Scottish Leaving Certificate Examination, 1957
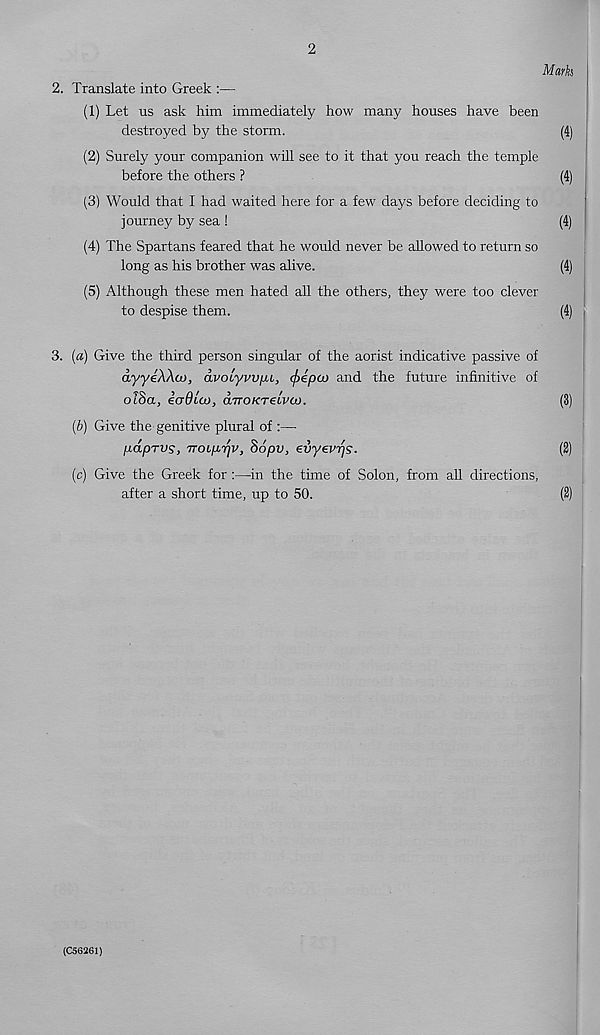
2
Mark
2. Translate into Greek :—
(1) Let us ask him immediately how many houses have been
destroyed by the storm.
(4)
(2) Surely your companion will see to it that you reach the temple
before the others ?
(4)
(3) Would that I had waited here for a few days before deciding to
journey by sea !
(4)
(4) The Spartans feared that he would never be allowed to return so
long as his brother was alive.
(4)
(5) Although these men hated all the others, they were too clever
to despise them.
(4) i
3. (a) Give the third person singular of the aorist indicative passive of
dyyeXAco, dvoLyvvfiL, (frepco and the future infinitive of
ol8a, icrQito, aTTOKTeivco.
(3)
(b) Give the genitive plural of :—
pdprvs, iroLpriv, 86pv, evyevrjS.
(2)
(c) Give the Greek for :—in the time of Solon, from all directions,
after a short time, up to 50.
(2)
(C56261)